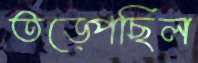
তড়্‌পেছিল